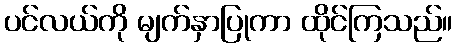
ပင်လယ်ကို မျက်နှာပြုကာ ထိုင်ကြသည်။